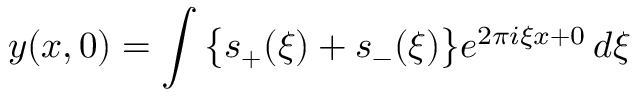
y ( x , 0 ) = \int { \bigl \{ } s _ { + } ( \xi ) + s _ { - } ( \xi ) { \bigr \} } e ^ { 2 \pi i \xi x + 0 } \, d \xi